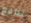
تدافع